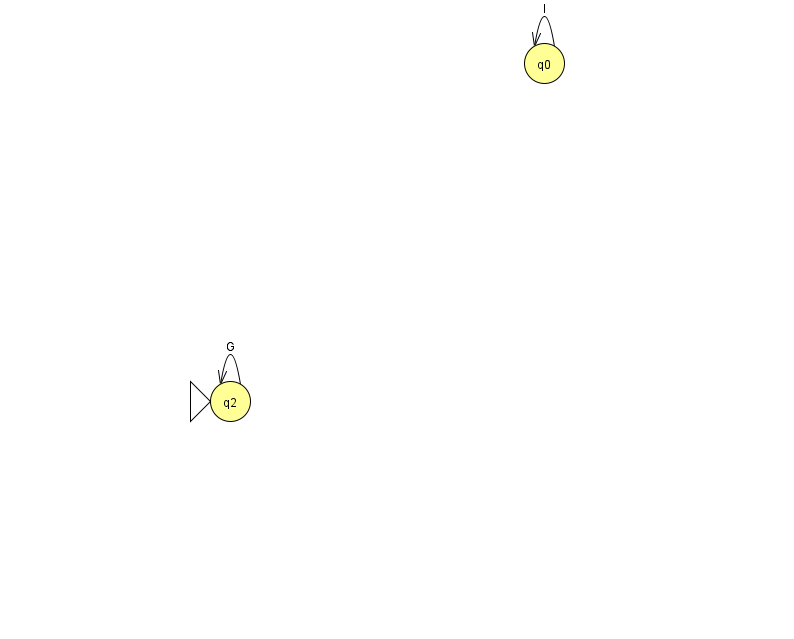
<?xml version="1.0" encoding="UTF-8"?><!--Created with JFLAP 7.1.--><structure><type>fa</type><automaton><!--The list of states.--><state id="0" name="q0"><x>544.0</x><y>50.0</y></state><state id="2" name="q2"><x>230.0</x><y>388.0</y><initial/></state><!--The list of transitions.--><transition><from>2</from><to>2</to><read>G</read></transition><transition><from>0</from><to>0</to><read>l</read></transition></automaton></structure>